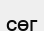
сөг